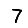
Digit: 7